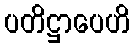
ပတိဋ္ဌာပေဟိ